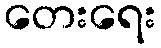
တေးရေး